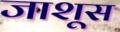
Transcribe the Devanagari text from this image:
जाशूस